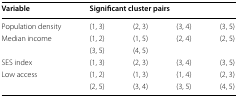
<table><thead><tr><td><b>Variable</b></td><td colspan="4"><b>Significant cluster pairs</b></td></tr></thead><tbody><tr><td>Population density</td><td>(1, 3)</td><td>(2, 3)</td><td>(3, 4)</td><td>(3, 5)</td></tr><tr><td rowspan="2">Median income</td><td>(1, 2)</td><td>(1, 5)</td><td>(2, 4)</td><td>(2, 5)</td></tr><tr><td>(3, 5)</td><td>(4, 5)</td><td></td><td></td></tr><tr><td>SES index</td><td>(1, 3)</td><td>(2, 3)</td><td>(3, 4)</td><td>(3, 5)</td></tr><tr><td>Low access</td><td>(1, 2)</td><td>(1, 3)</td><td>(1, 4)</td><td>(2, 3)</td></tr><tr><td></td><td>(2, 5)</td><td>(3, 4)</td><td>(3, 5)</td><td>(4, 5)</td></tr></tbody></table>